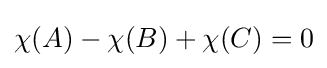
\chi (A)-\chi (B)+\chi (C)=0